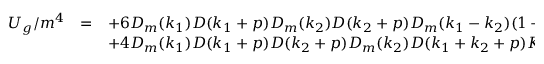
\begin{array} { r c l } { { U _ { g } / m ^ { 4 } } } & { { = } } & { { \displaystyle + 6 D _ { m } ( k _ { 1 } ) D ( k _ { 1 } + p ) D _ { m } ( k _ { 2 } ) D ( k _ { 2 } + p ) D _ { m } ( k _ { 1 } - k _ { 2 } ) ( 1 + K _ { 1 2 } ) } } \\ { { } } & { { } } & { { \displaystyle + 4 D _ { m } ( k _ { 1 } ) D ( k _ { 1 } + p ) D ( k _ { 2 } + p ) D _ { m } ( k _ { 2 } ) D ( k _ { 1 } + k _ { 2 } + p ) K _ { 1 2 } , } } \end{array}